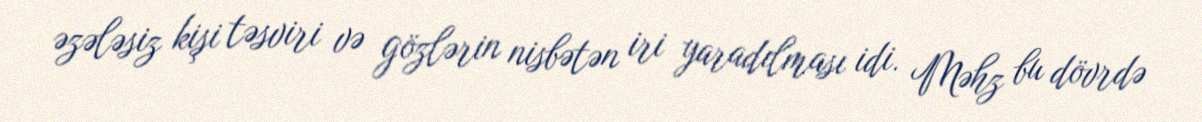
əzələsiz kişi təsviri və gözlərin nisbətən iri yaradılması idi. Məhz bu dövrdə